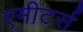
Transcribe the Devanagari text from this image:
एमीटर्स